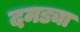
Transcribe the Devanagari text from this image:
दमड्या